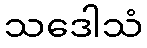
သဒေါသံ